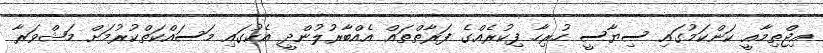
އިޖްތިމާއީ ކަންކަމުގައި ސިޔާސީ ހުރިހާ ފިކުރެއްގެ ފަރާތްތައް އެއްބާރުލުންދީ އެކުގައި މަސައްކަތްކުރުމަށް މަޝްވަރާ